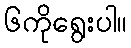
၆ကိုရွေးပါ။